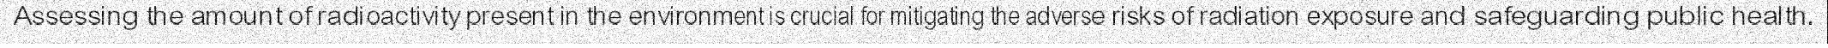
Assessing the amount of radioactivity present in the environment is crucial for mitigating the adverse risks of radiation exposure and safeguarding public health.